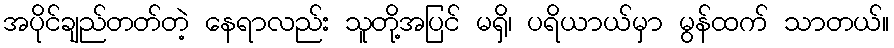
အပိုင်ချည်တတ်တဲ့ နေရာလည်း သူတို့အပြင် မရှိ၊ ပရိယာယ်မှာ မွန်ထက် သာတယ်။